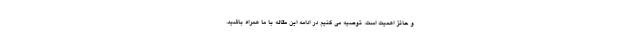
و حائز اهمیت است. توصیه می کنیم در ادامه این مقاله با ما همراه باشید.